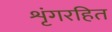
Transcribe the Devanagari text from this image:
शृंगरहित